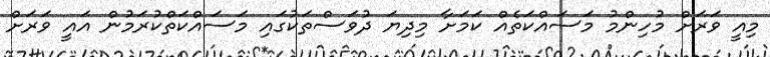
މިއީ ވަރަށް މުހިންމު މަސައްކަތެއް ކަމަށާ މިދިޔަ ދުވަސްތަކުގައި މަސައްކަތްކުރަމުން އައީ ވަރަށް